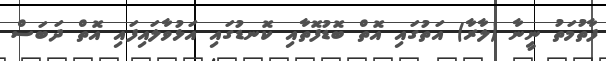
ފާތުމަތު ނީނާ (ލާރާ) އަތުގައި އޮތް ބޮޑުފޮތާއި ކޮނޑުގައި އަޅުވާލައިފައި އޮތް ދަބަސް